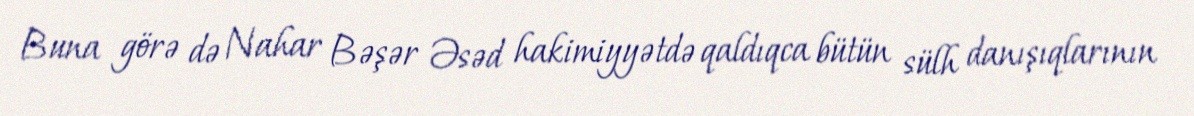
Buna görə də Nahar Bəşər Əsəd hakimiyyətdə qaldıqca bütün sülh danışıqlarının